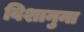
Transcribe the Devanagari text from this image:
विशानुना